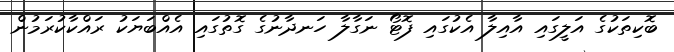
ބޮކިތަކުގެ އަލީގައި އާއިލާ އެކުގައި ފޮޓޯ ނަގާލާ ހަނދާނުގެ ގޮތުގައި އެއްބަޔަކު ރައްކާކުރަމުން